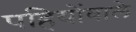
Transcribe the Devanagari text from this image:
पहियोंवाले